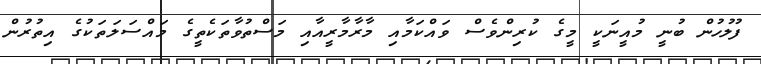
ފުލުހުން ބުނީ މުއީނަކީ މީގެ ކުރިންވެސް ވައްކަމާއި މާރާމާރީއާއި މަސްތުވާތަކެތީގެ މައްސަލަތަކުގެ އިތުރުން